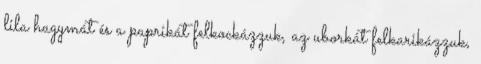
lila hagymát és a paprikát felkockázzuk, az uborkát felkarikázzuk,